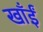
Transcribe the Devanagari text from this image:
खाँईं